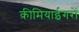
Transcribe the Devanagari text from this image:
क़ीमियाईगरों